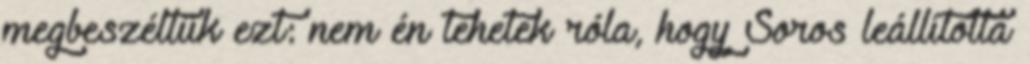
megbeszéltük ezt: nem én tehetek róla, hogy Soros leállította